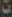
ت